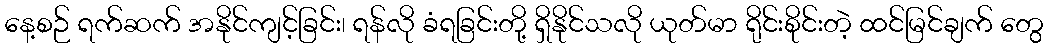
နေ့စဉ် ရက်ဆက် အနိုင်ကျင့်ခြင်း၊ ရန်လို ခံရခြင်းတို့ ရှိနိုင်သလို ယုတ်မာ ရိုင်းစိုင်းတဲ့ ထင်မြင်ချက် တွေ